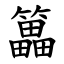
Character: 䉪